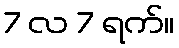
7 လ 7 ရက်။